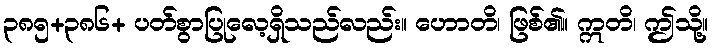
၃၈၅+၃၈၆+ ပတ်စွာပြုလေ့ရှိသည်လည်း။ ဟောတိ၊ ဖြစ်၏။ ဣတိ၊ ဤသို့။